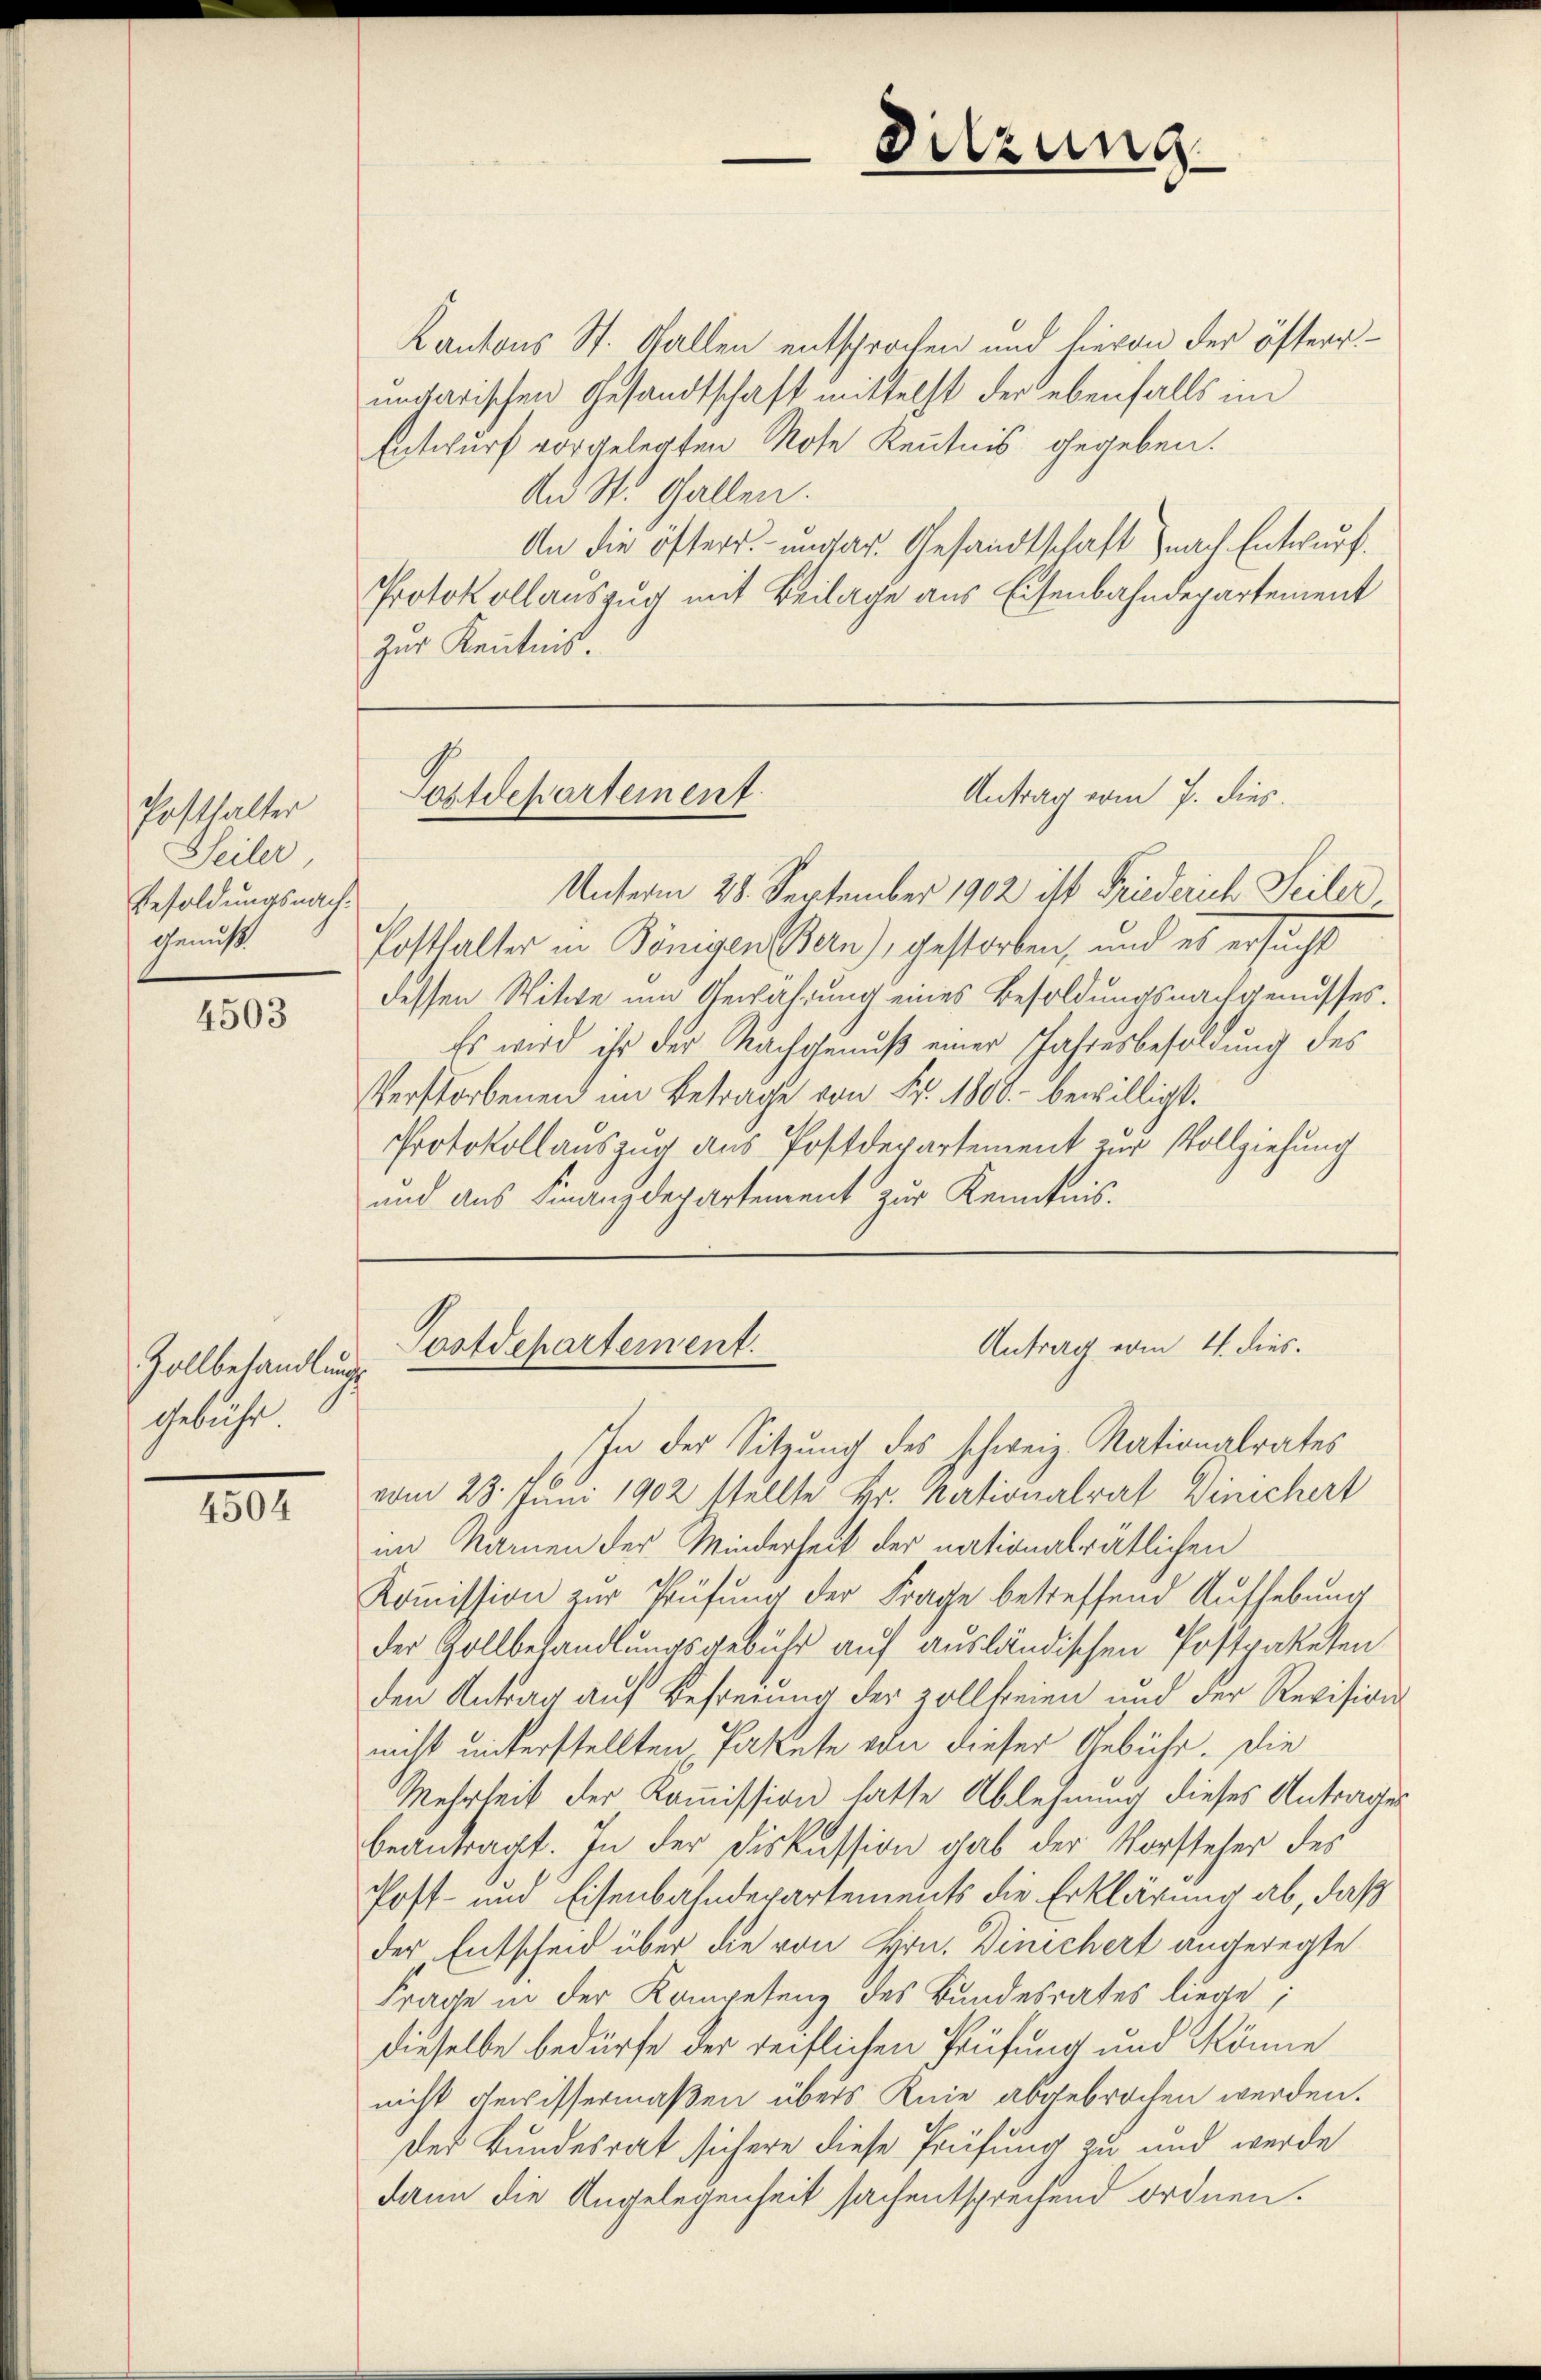
Posthalter
Seiler,
Besoldungsnach¬
Genuß

4503

Zollbehandlungs
Gebühr.

4504

Kantons St. Gallen entsprochen und hievon der öfterrungarischen Gesandtschaft mittelst der ebenfalls im
Entwurf vorgelegten Note Kenntnis gegeben.
An St. Gallen.
An die öfters ungar. Gesandtschaft nach Entwurf.
Protokollauszug mit Beilage aus Eisenbahndepartement
zur Kenntnis

Sitzung

Antrag vom 7. dies
Postdepartement.

Unterm 28. September 1902 ist Friederich Seiler
Posthalter in Königen Bern), gestorben, und es ersucht
dessen Witwe um Gewährung eines Besoldungsnachgenusses.
Es wird ihr der Nachgenuß einer Jahresbesoldung des
Verstorbenen im Betrage von Fr. 1800.- bewilligt.
Protokollauszug aus Postdepartement zur Vollziehung
und aus Finanzdepartement zur Kenntnis.

Antrag vom 4. dies.
Postdepartement.

In der Sitzung des schweiz. Nationalrates
vom 28. Juni 1902 stellte Hr. Nationalrat Dinichert
im Namen der Minderheit der nationalrätlichen
Kommission zur Prüfung der Frage betreffend Aufhebung
der Gollbehandlungsgebühr auf ausländischen Postpaketen
den Antrag auf Befreiung der zollfreien und der Revisions-
nicht unterstellten Pakete von dieser Gebühr. Die
Mehrheit der Kommission hatte Ablehnung dieses Antrages
beantragt. In der Diskussion gab der Vorsteher des
Post- und Eisenbahndepartements die Erklärung ab, daß
der Entscheid über die von Hrn. Dinschert angeregte
Frage in der Kompetenz des Bundesrates liege;
dieselbe bedürfe der reiflichen Prüfung und könne
nicht gewissermaßen übers Knie abgebrochen werden.
der Bundesrat sichere diese Prüfung zu und werde
dann die Angelegenheit sachentsprechend ordnen.